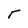
Character: r